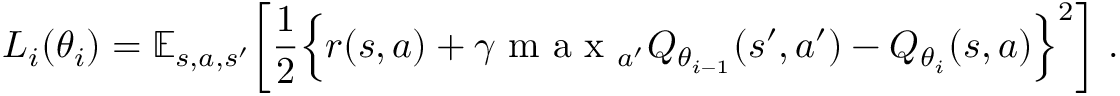
L _ { i } ( \theta _ { i } ) = \mathbb { E } _ { s , a , s ^ { \prime } } \bigg [ \frac { 1 } { 2 } \Big \lbrace r ( s , a ) + \gamma \mathrm { ~ m ~ a ~ x ~ } _ { a ^ { \prime } } Q _ { \theta _ { i - 1 } } ( s ^ { \prime } , a ^ { \prime } ) - Q _ { \theta _ { i } } ( s , a ) \Big \rbrace ^ { 2 } \bigg ] ~ .